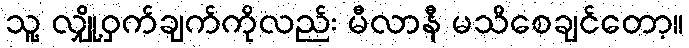
သူ့ လျှို့ဝှက်ချက်ကိုလည်း မီလာနီ မသိစေချင်တော့။